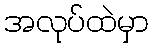
အလုပ်ထဲမှာ